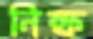
নিম্ফ